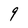
Character: 9